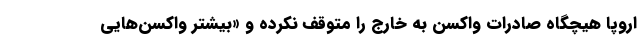
اروپا هیچگاه صادرات واکسن به خارج را متوقف نکرده و «بیشتر واکسن‌هایی